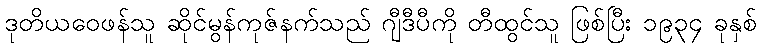
ဒုတိယဝေဖန်သူ ဆိုင်မွန်ကုဇ်နက်သည် ဂျီဒီပီကို တီထွင်သူ ဖြစ်ပြီး ၁၉၃၄ ခုနှစ်